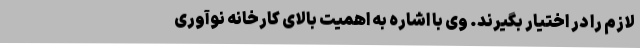
لازم را در اختیار بگیرند. وی با اشاره به اهمیت بالای کارخانه نوآوری